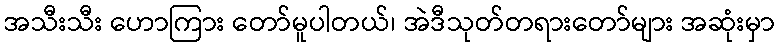
အသီးသီး ဟောကြား တော်မူပါတယ်၊ အဲဒီသုတ်တရားတော်များ အဆုံးမှာ